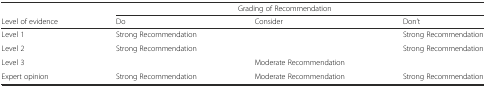
<table><thead><tr><td></td><td colspan="3"><b>Grading of Recommendation</b></td></tr><tr><td><b>Level of evidence</b></td><td><b>Do</b></td><td><b>Consider</b></td><td><b>Don’t</b></td></tr></thead><tbody><tr><td>Level 1</td><td>Strong Recommendation</td><td></td><td>Strong Recommendation</td></tr><tr><td>Level 2</td><td>Strong Recommendation</td><td></td><td>Strong Recommendation</td></tr><tr><td>Level 3</td><td></td><td>Moderate Recommendation</td><td></td></tr><tr><td>Expert opinion</td><td>Strong Recommendation</td><td>Moderate Recommendation</td><td>Strong Recommendation</td></tr></tbody></table>